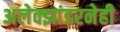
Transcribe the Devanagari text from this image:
अलेक्झांडरनेही